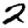
Digit: 2